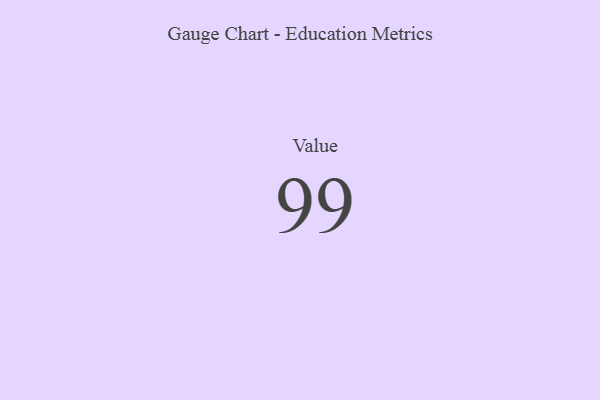
{"axis": {"x": "Metric", "y": "Value"}, "legend": [""], "data": [{"x": "Value", "y": 99, "type": ""}]}